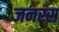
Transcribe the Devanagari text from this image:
जनस्स